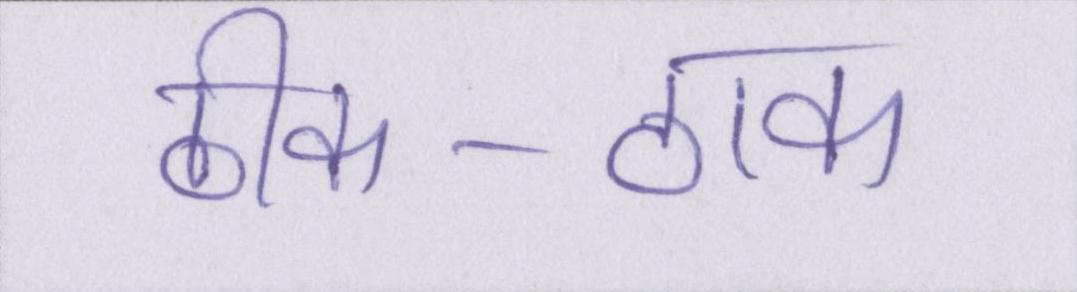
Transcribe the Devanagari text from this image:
ठीक-ठाक